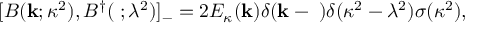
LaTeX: [ B ( { \bf k } ; \kappa ^ { 2 } ) , B ^ { \dagger } ( { \bf \ell } ; \lambda ^ { 2 } ) ] _ { - } = 2 E _ { \kappa } ( { \bf k } ) \delta ( { \bf k } - { \bf \ell } ) \delta ( \kappa ^ { 2 } - \lambda ^ { 2 } ) \sigma ( \kappa ^ { 2 } ) ,